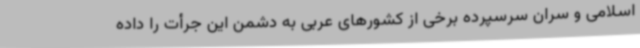
اسلامی و سران سرسپرده برخی از کشورهای عربی به دشمن این جرأت را داده